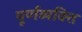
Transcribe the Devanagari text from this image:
पूर्णव्यक्ति